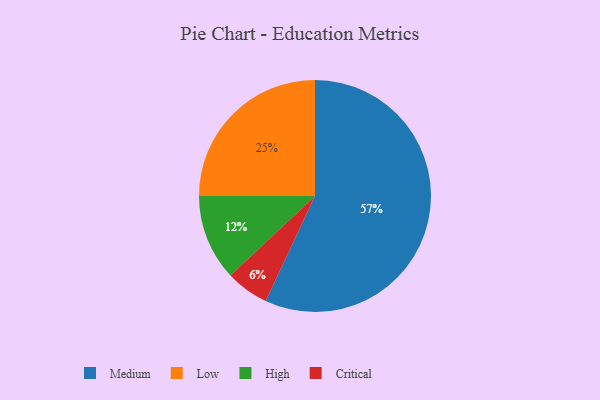
{"axis": {"x": "Category", "y": "Percentage"}, "legend": ["Critical", "High", "Low", "Medium"], "data": [{"x": "Medium", "y": 57, "type": "Medium"}, {"x": "Critical", "y": 6, "type": "Critical"}, {"x": "High", "y": 12, "type": "High"}, {"x": "Low", "y": 25, "type": "Low"}]}